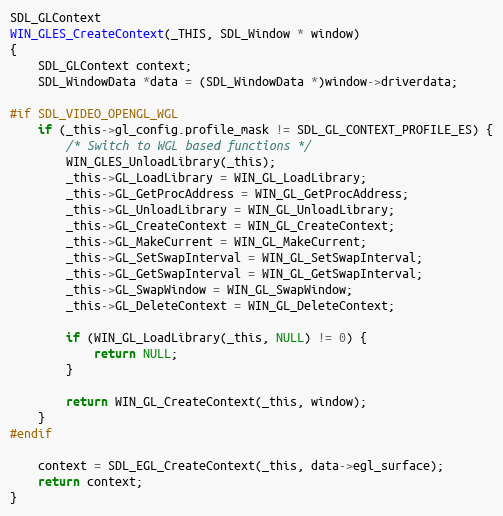
Language: C
SDL_GLContext
WIN_GLES_CreateContext(_THIS, SDL_Window * window)
{
    SDL_GLContext context;
    SDL_WindowData *data = (SDL_WindowData *)window->driverdata;

#if SDL_VIDEO_OPENGL_WGL
    if (_this->gl_config.profile_mask != SDL_GL_CONTEXT_PROFILE_ES) {
        /* Switch to WGL based functions */
        WIN_GLES_UnloadLibrary(_this);
        _this->GL_LoadLibrary = WIN_GL_LoadLibrary;
        _this->GL_GetProcAddress = WIN_GL_GetProcAddress;
        _this->GL_UnloadLibrary = WIN_GL_UnloadLibrary;
        _this->GL_CreateContext = WIN_GL_CreateContext;
        _this->GL_MakeCurrent = WIN_GL_MakeCurrent;
        _this->GL_SetSwapInterval = WIN_GL_SetSwapInterval;
        _this->GL_GetSwapInterval = WIN_GL_GetSwapInterval;
        _this->GL_SwapWindow = WIN_GL_SwapWindow;
        _this->GL_DeleteContext = WIN_GL_DeleteContext;

        if (WIN_GL_LoadLibrary(_this, NULL) != 0) {
            return NULL;
        }

        return WIN_GL_CreateContext(_this, window);
    }
#endif

    context = SDL_EGL_CreateContext(_this, data->egl_surface);
    return context;
}